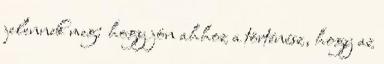
jelennek meg: hogy jön ahhoz a történész, hogy az